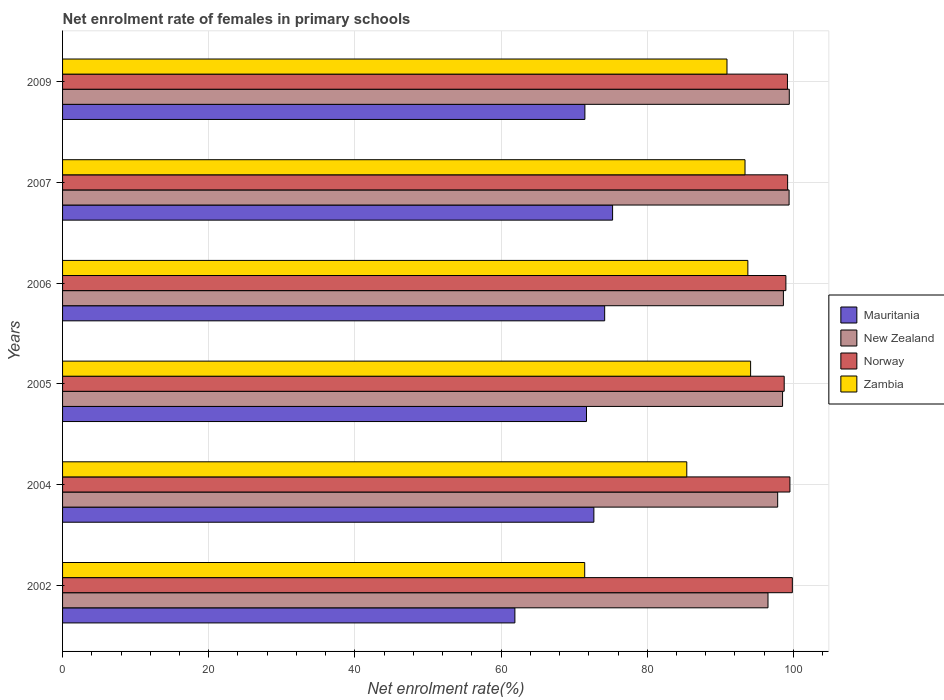
| Years | Mauritania | New Zealand | Norway | Zambia |
 | --- | --- | --- | --- | --- |
 | 2002 | 61.9 | 96.5 | 99.9 | 71.4 |
 | 2004 | 72.7 | 97.8 | 99.5 | 85.4 |
 | 2005 | 71.7 | 98.5 | 98.7 | 94.1 |
 | 2006 | 74.2 | 98.6 | 99 | 93.8 |
 | 2007 | 75.3 | 99.4 | 99.2 | 93.4 |
 | 2009 | 71.5 | 99.4 | 99.2 | 90.9 |